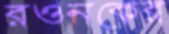
রওনকের